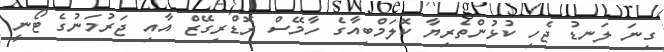
ގިނަ ލަނޑު ޖެހި ކުޅުންތެރިޔާ ކޮލަމްބިއާގެ ހާމޭސް ރޮޑްރިގޭޒް އާއި ޖަރުމަނުގެ ޓޯނީ